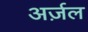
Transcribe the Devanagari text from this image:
अर्ज़ल